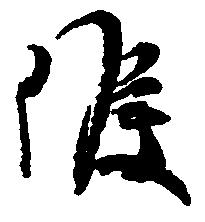
候